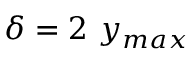
\delta = 2 ~ y _ { m a x }